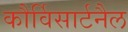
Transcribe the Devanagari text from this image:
कौर्विसार्टनैल